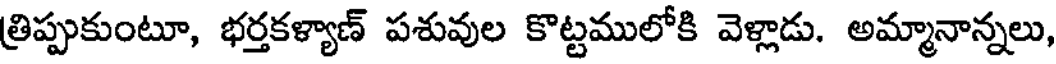
త్రిప్పుకుంటూ, భర్తకళ్యాణ్ పశువుల కొట్టములోకి వెళ్లాడు. అమ్మానాన్నలు,